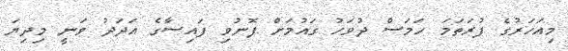
މިއަހަރުގެ ފުރަތަމަ ހަމަސް ދުވަހު ގައުމަށް ފޮނުވި ފައިސާގެ އަދަދު ވަނީ މިދިޔަ